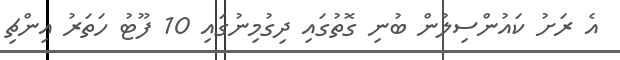
އެ ރަށު ކައުންސިލުން ބުނި ގޮތުގައި ދިގުމިނުގައި 10 ފޫޓު ހަތަރު އިންޗި